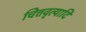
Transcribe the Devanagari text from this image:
चित्तवृत्यादि